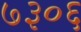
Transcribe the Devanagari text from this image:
७३०६